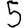
Digit: 5